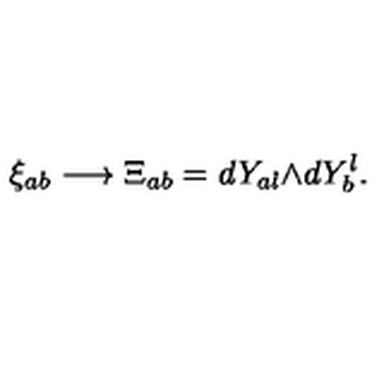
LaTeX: \xi _ { a b } \longrightarrow \Xi _ { a b } = d Y _ { a l } { \wedge } { d Y ^ { l } _ { b } } .